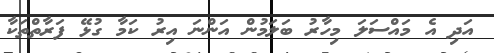
އަދި އެ މައްސަލަ މިހާރު ބަލަމުން އަންނަ އިރު ކަމާ ގުޅޭ ފަރާތްތަކާ